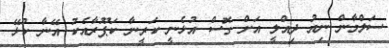
ސަލްމާން ނިއު ދިއްލީ އަށް ގޮސް އުޅެނީ ކަރީނާ ކަޕޫރާއެކު އޭނާ ކުޅޭ